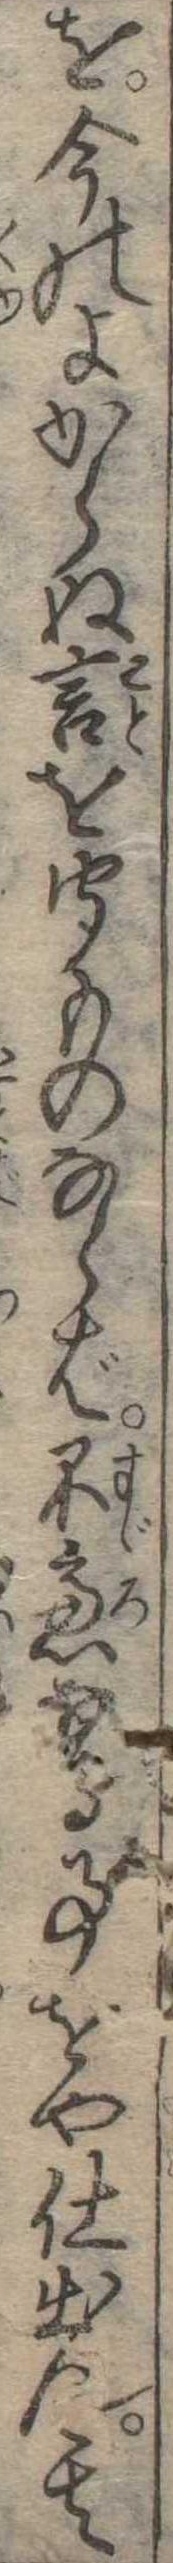
を今のよからぬ言を聞ものならば不慮なる事をや仕出ん其